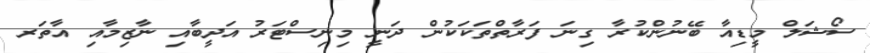
ސޯޝަލް މީޑިއާ ބޭނުންކުރާ ގިނަ ފަރާތްތަކަކުން ދަނީ މިނިސްޓަރު އަދީބާއި ނާޒިމާއި އާތަރ